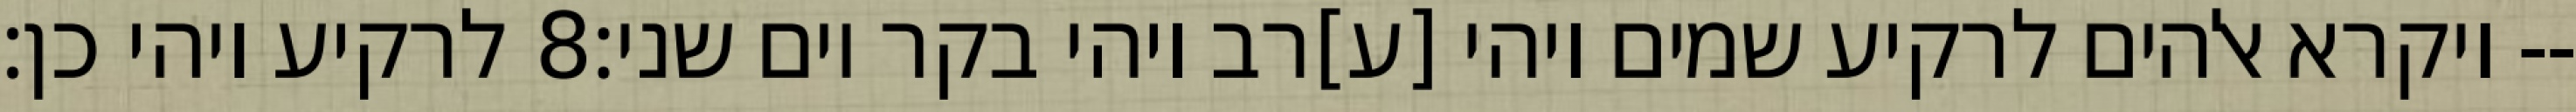
לרקיע ויהי כן׃ ‎8‏ ויקרא אלהים לרקיע שמים ויהי [ע]רב ויהי בקר יום שני׃--